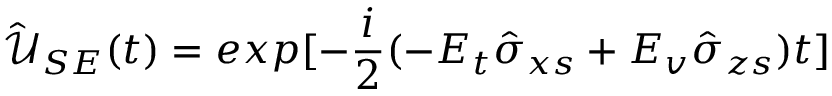
\hat { \mathcal { U } } _ { S E } ( t ) = e x p [ - \frac { i } { 2 } ( - E _ { t } \hat { \sigma } _ { x s } + E _ { v } \hat { \sigma } _ { z s } ) t ]